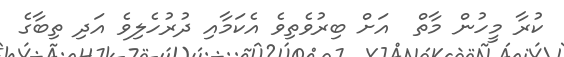
ކުރާ މީހުން މާތް  އަށް ބިރުވެތިވެ އެކަމާއި ދުރުހެލިވެ އަދި ތިބާގެ